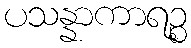
ပသန္နာကာရဉ္စ